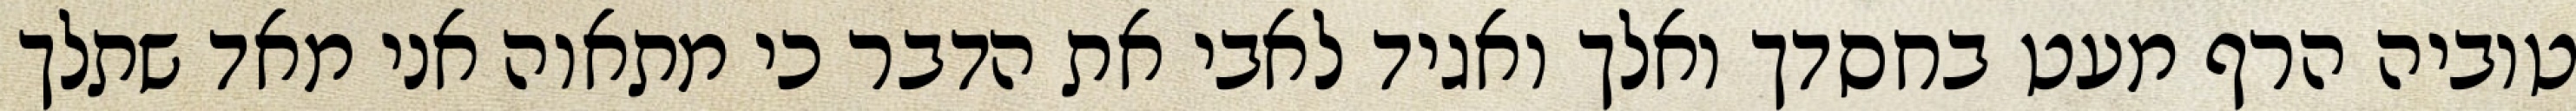
טוביה הרף מעט בחסדך ואלך ואגיד לאבי את הדבר כי מתאוה אני מאד שתלך